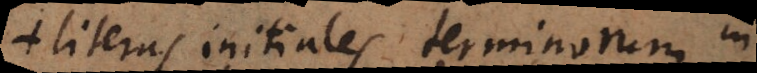
literas initiales terminorum in